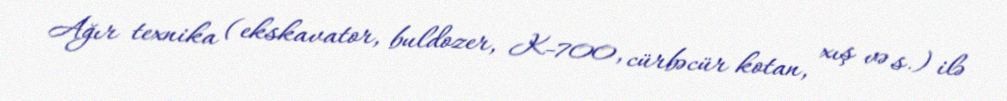
Ağır texnika (ekskavator, buldozer, K-700, cürbəcür kotan, xış və s.) ilə